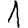
Digit: 1